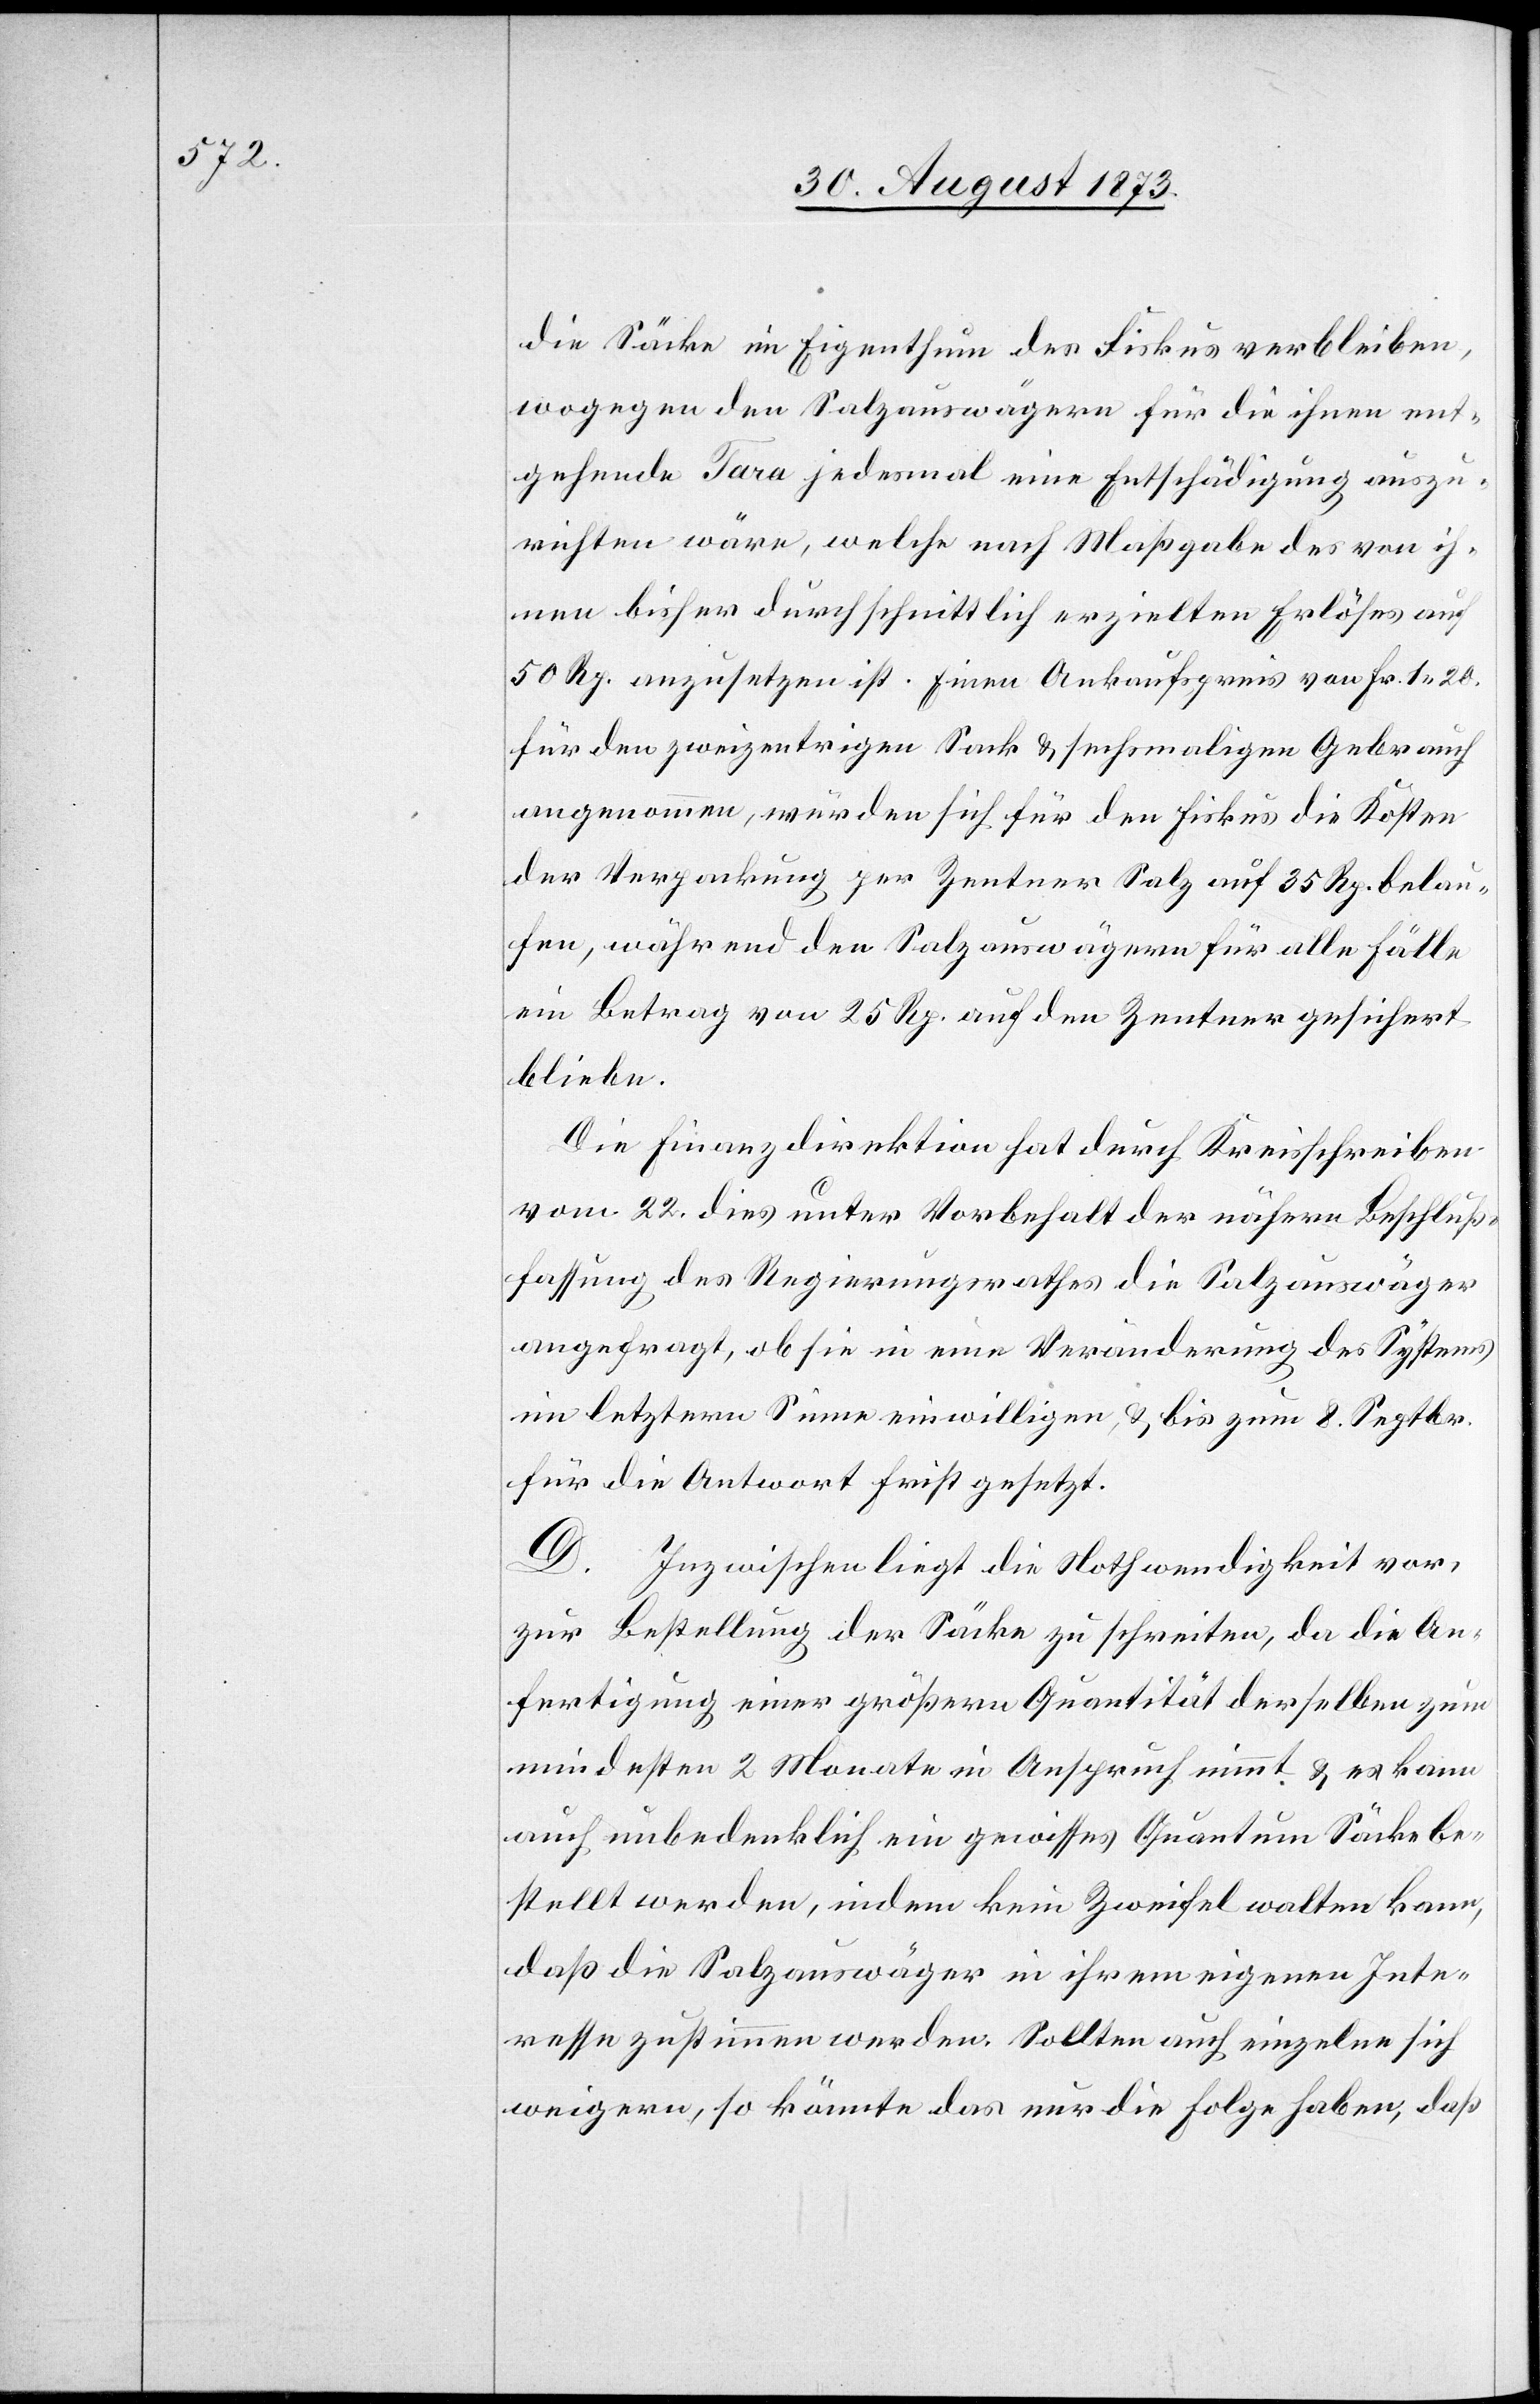
die Säcke im Eigenthum des Fiskus verbleiben,
wogegen den Salzauswägern für die ihnen ent¬
gehende Tara jedesmal eine Entschädigung auszu¬
richten wäre, welche nach Maßgabe des von ih¬
nen bisher durchschnittlich erzielten Erlöses auf
50 Rp. anzusetzen ist. Einen Ankaufspreis von Fr. 1 20.
für den zweizentrigen Sack & sechsmaligen Gebrauch
angenommen, würden sich für den Fiskus die Kosten
der Verpackung per Zentner Salz auf 35 Rp. belau¬
fen, während den Salzauswägern für alle Fälle
ein Betrag von 25 Rp. auf den Zentner gesichert
bliebe.
Die Finanzdirektion hat durch Kreisschreiben
vom 22. dies unter Vorbehalt der nähern Beschluß¬
fassung des Regierungsrathes die Salzauswäger
angefragt, ob sie in eine Veränderung des Systems
im letztern Sinne einwilligen, & bis zum 8. Septbr.
für die Antwort Frist gesetzt.
D. Inzwischen liegt die Nothwendigkeit vor,
zur Bestellung der Säcke zu schreiten, da die An¬
fertigung einer größern Quantität derselben zum
mindesten 2 Monate in Anspruch nimmt & es kann
auch unbedenklich ein gewisses Quantum Säcke be¬
stellt werden, indem kein Zweifel walten kann,
daß die Salzauswäger in ihrem eigenen Inte¬
resse zustimmen werden. Sollten auch einzelne sich
weigern, so könnte das nur die Folge haben, daß